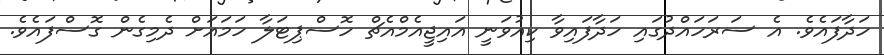
ހަދާފައެވެ. އެ ސަރަހައްދުގައި ހަދާފައިވާ ކިއުވަނީ އައިޖީއެމްއެޗް ހޮސްޕިޓަލާ ހަމައަށް ދެމިގެން ގޮސްފައެވެ.